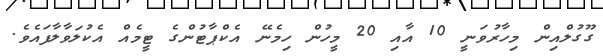
ގޫގުލްއިން މިހާރުވަނީ 10 އާއި 20 މީހުން ހިމެނޭ އެކްޕާޓުންގެ ޓީމެއް އެކުލަވާލާފައެވެ.